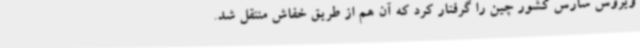
ویروس سارس کشور چین را گرفتار کرد که آن هم از طریق خفاش منتقل شد.